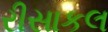
રીસાકલ